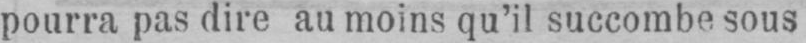
pourra pas dire au moins qu’il succombe sous